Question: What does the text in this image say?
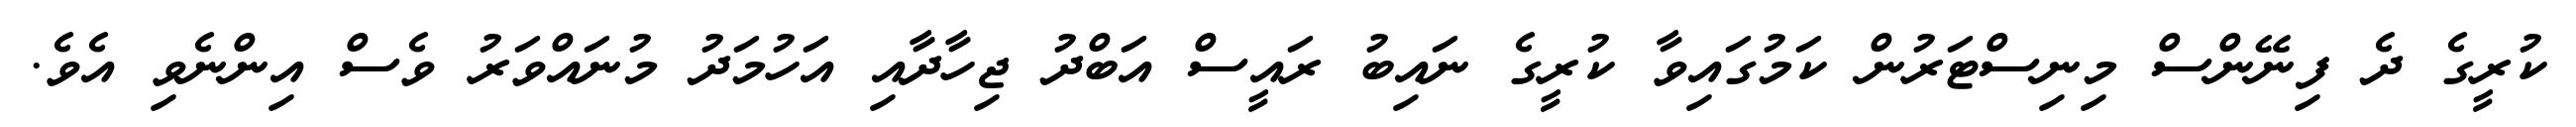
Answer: ކުރީގެ ދެ ފިނޭންސް މިނިސްޓަރުން ކަމުގައިވާ ކުރީގެ ނައިބު ރައީސް އަބްދު ޖިހާދާއި އަހުމަދު މުނައްވަރު ވެސް އިންނެވި އެވެ.